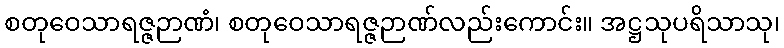
စတုဝေသာရဇ္ဇဉာဏံ၊ စတုဝေသာရဇ္ဇဉာဏ်လည်းကောင်း။ အဋ္ဌသုပရိသာသု၊